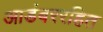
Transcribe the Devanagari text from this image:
आडंबररहित